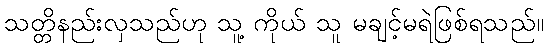
သတ္တိနည်းလှသည်ဟု သူ့ ကိုယ် သူ မချင့်မရဲဖြစ်ရသည်။